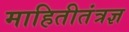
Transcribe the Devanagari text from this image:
माहितीतंत्रज्ञ